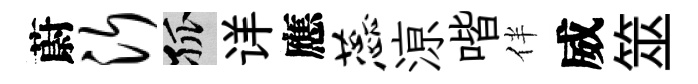
蔚沂孤详應蕊鿌喈伴威筮